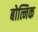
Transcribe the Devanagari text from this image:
बोत्निक